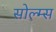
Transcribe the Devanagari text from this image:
सोल्म्स